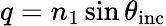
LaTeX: q=n_{1}\sin\theta_{\mathrm{inc}}